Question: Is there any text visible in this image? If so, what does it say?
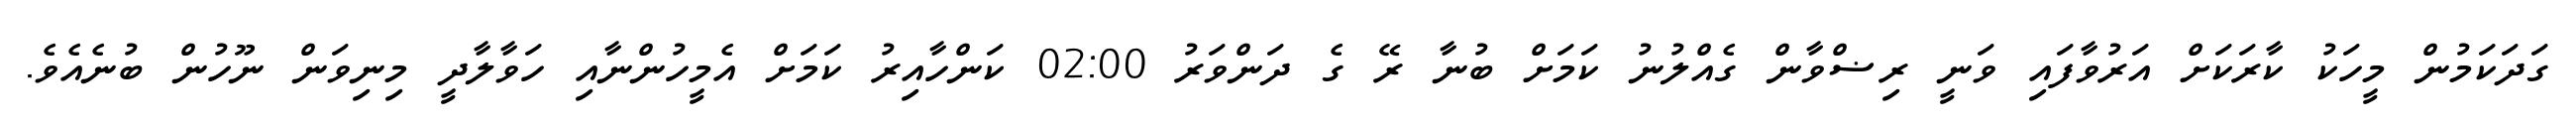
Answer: ގަދަކަމުން މީހަކު ކާރަކަށް އަރުވާފައި ވަނީ ރިޟްވާން ގެއްލުނު ކަމަށް ބުނާ ރޭ ގެ ދަންވަރު 02:00 ކަންހާއިރު ކަމަށް އެމީހުންނާއި ހަވާލާދީ މިނިވަން ނޫހުން ބުނެއެވެ.